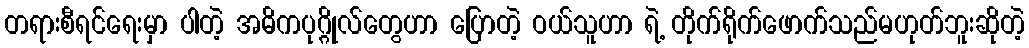
တရားစီရင်ရေးမှာ ပါတဲ့ အဓိကပုဂ္ဂိုလ်တွေဟာ ပြောတဲ့ ဝယ်သူဟာ ရဲ့ တိုက်ရိုက်ဖောက်သည်မဟုတ်ဘူးဆိုတဲ့